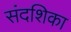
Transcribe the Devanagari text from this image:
संदशिका